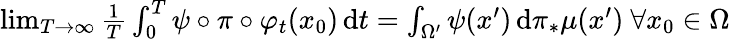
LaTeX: \begin{array}{r}{\operatorname*{lim}_{T\rightarrow\infty}\frac{1}{T}\int_{0}^{T}\psi\circ\pi\circ\varphi_{t}(x_{0})\, \mathrm{d}t=\int_{\Omega^{\prime}}\psi(x^{\prime})\, \mathrm{d}\pi_{*}\mu(x^{\prime})~\forall x_{0}\in\Omega}\end{array}